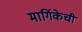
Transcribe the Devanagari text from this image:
मार्गिकेची